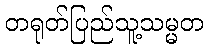
တရုတ်ပြည်သူ့သမ္မတ